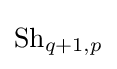
{\text{Sh}}_{q+1,p}